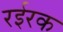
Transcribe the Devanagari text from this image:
रईरक